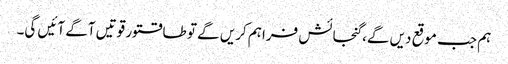
ہم جب موقع دیں گے، گنجائش فراہم کریں گے تو طاقتور قوتیں آگے آئیں گی۔